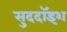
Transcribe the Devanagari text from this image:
सुददॉइश